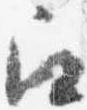
召